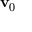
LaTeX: \mathbf { v } _ { 0 }